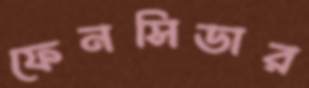
ফেনসিডার